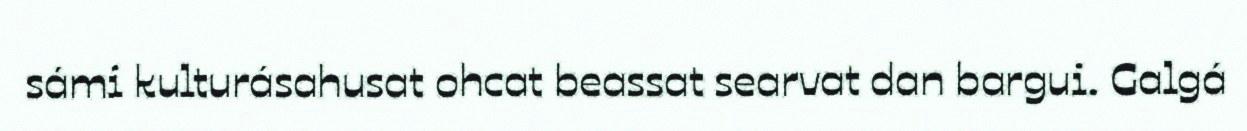
sámi kulturásahusat ohcat beassat searvat dan bargui. Galgá